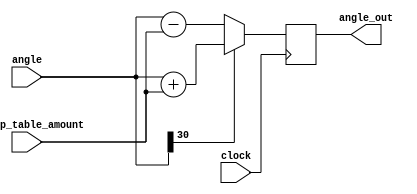
module Z_Calculator(
    input [31:0] angle,
    input [31:0] lookup_table_amount,
    input clock,
    output wire [31:0] angle_out
);
reg [31:0] angle_out_temp;
always @ (posedge clock)
begin
  angle_out_temp <= (angle[30] ? angle + lookup_table_amount : angle - lookup_table_amount);

//angle_out_temp <= (angle == 32'b00000000_00000000_00000000_00000000)? 0 :  (angle[30] ? angle + lookup_table_amount : angle - lookup_table_amount);
end
assign angle_out = angle_out_temp;

endmodule